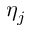
\eta _ { j }